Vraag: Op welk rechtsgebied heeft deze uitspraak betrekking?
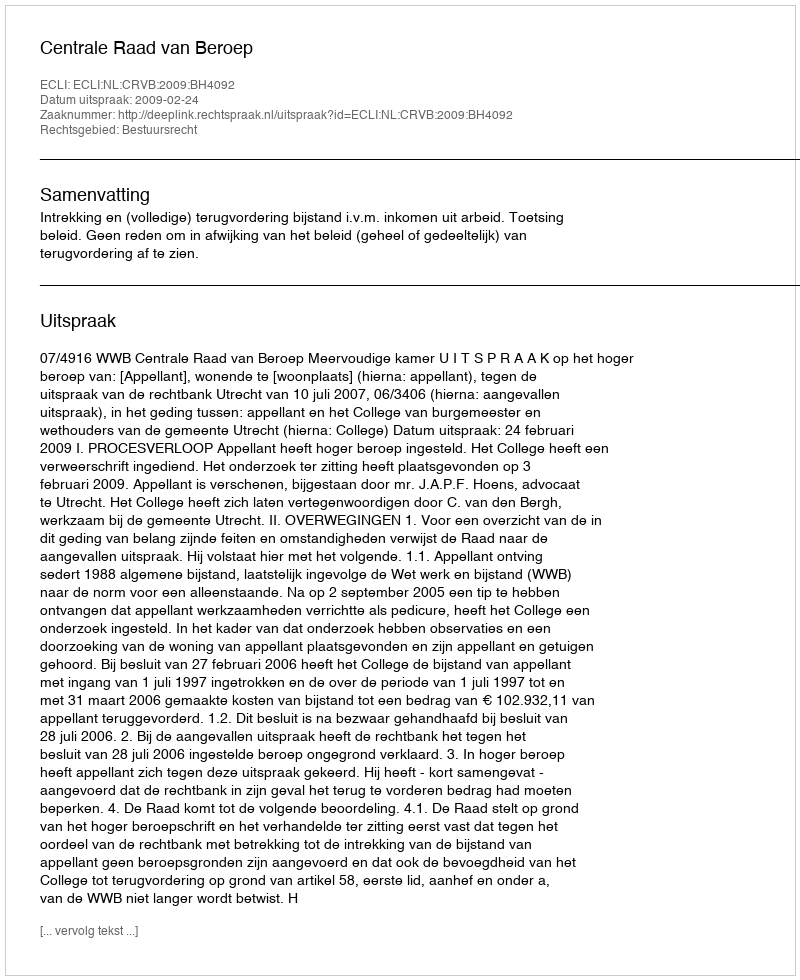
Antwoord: Bestuursrecht